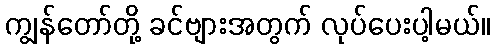
ကျွန်တော်တို့ ခင်ဗျားအတွက် လုပ်ပေးပါ့မယ်။